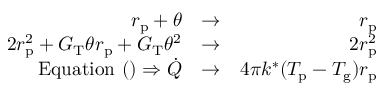
\begin{array} { r l r } { r _ { \mathrm { p } } + \theta } & { \rightarrow } & { r _ { \mathrm { p } } } \\ { 2 r _ { \mathrm { p } } ^ { 2 } + G _ { \mathrm { T } } \theta r _ { \mathrm { p } } + G _ { \mathrm { T } } \theta ^ { 2 } } & { \rightarrow } & { 2 r _ { \mathrm { p } } ^ { 2 } } \\ { \mathrm { E q u a t i o n } ~ ( ) \Rightarrow \dot { Q } } & { \rightarrow } & { 4 \pi k ^ { * } ( T _ { \mathrm { p } } - T _ { \mathrm { g } } ) r _ { \mathrm { p } } } \end{array}